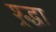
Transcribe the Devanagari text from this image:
श्र्द्धा